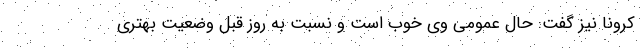
کرونا نیز گفت: حال عمومی وی خوب است و نسبت به روز قبل وضعیت بهتری